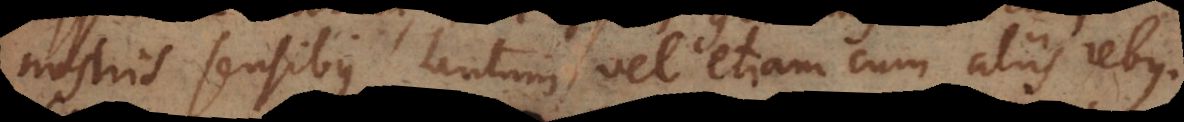
nostris sensibus tantum, vel etiam cum aliis rebus.